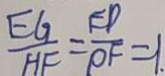
\frac { E G } { H F } = \frac { E D } { P F } = 1 .